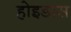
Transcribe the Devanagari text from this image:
होइडास